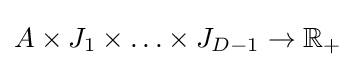
A\times J_{1}\times \ldots \times J_{D-1}\rightarrow \mathbb {R} _{+}